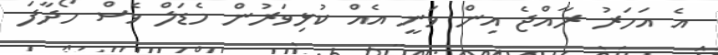
އެ އަހަރު ރާއްޖެ އިން ވަނީ އެއް ކުޅިވަރުން މެޑަލް ވެސް ހޯދާފަ